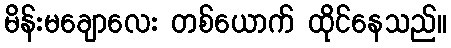
မိန်းမချောလေး တစ်ယောက် ထိုင်နေသည်။